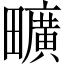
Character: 𤳱